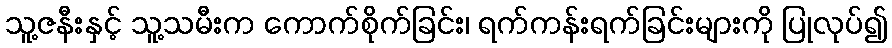
သူ့ဇနီးနှင့် သူ့သမီးက ကောက်စိုက်ခြင်း၊ ရက်ကန်းရက်ခြင်းများကို ပြုလုပ်၍